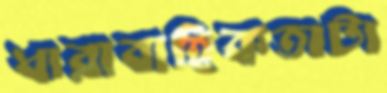
ধারাবাহিকতাটা